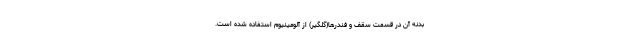
بدنه آن در قسمت سقف و فندرها(گلگیر) از آلومینیوم استفاده شده است.